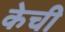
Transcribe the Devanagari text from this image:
केची